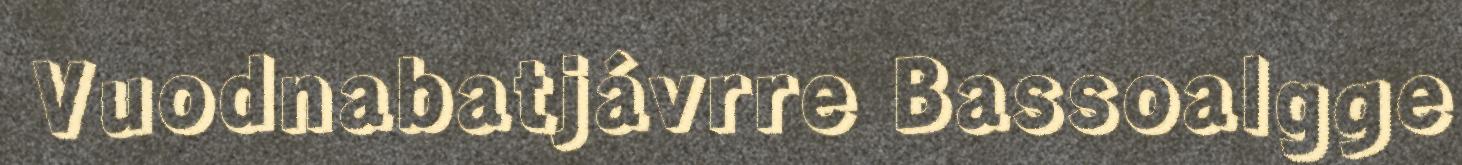
Vuodnabatjávrre Bassoalgge